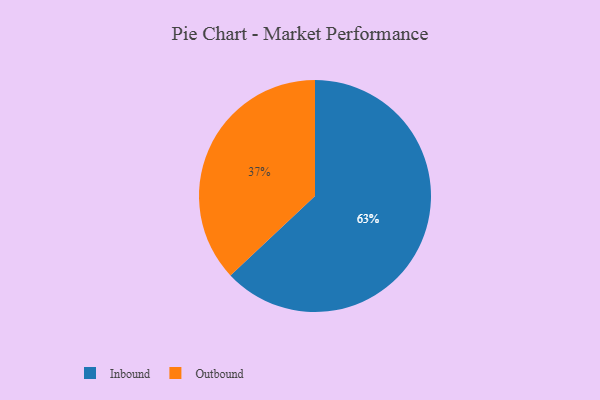
{"axis": {"x": "Category", "y": "Percentage"}, "legend": ["Inbound", "Outbound"], "data": [{"x": "Inbound", "y": 63, "type": "Inbound"}, {"x": "Outbound", "y": 37, "type": "Outbound"}]}